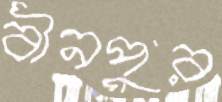
বীনপুর